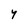
Character: Y